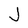
Character: J